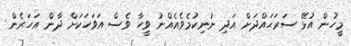
މީހުން އުޅޭ ސަރަޙައްދަށް އަދި ނުނިކުމެވެއެއްނު ވީހާ ވެސް އަވަހަކަށް ދާން އަހަރެން